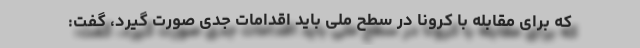
که برای مقابله با کرونا در سطح ملی باید اقدامات جدی صورت گیرد، گفت: